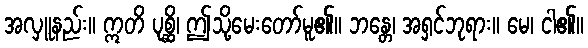
အလှူနည်း။ ဣတိ ပုစ္ဆိ၊ ဤသို့မေးတော်မူ၏။ ဘန္တေ၊ အရှင်ဘုရား။ မေ၊ ငါ၏။